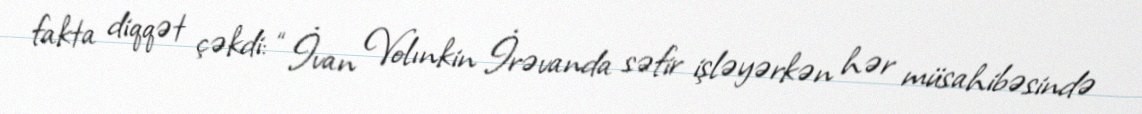
fakta diqqət çəkdi: “İvan Volınkin İrəvanda səfir işləyərkən hər müsahibəsində